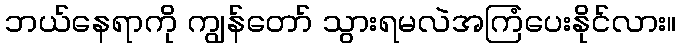
ဘယ်နေရာကို ကျွန်တော် သွားရမလဲအကြံပေးနိုင်လား။